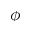
\boldsymbol { \phi }